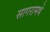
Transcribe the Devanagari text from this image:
सागरामधे